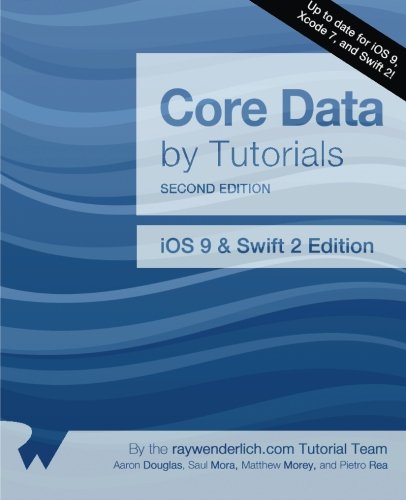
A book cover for Core Data by Tutorials Second Edition: iOS 9 and Swift 2 Edition; Aaron Douglas; Computers & Technology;